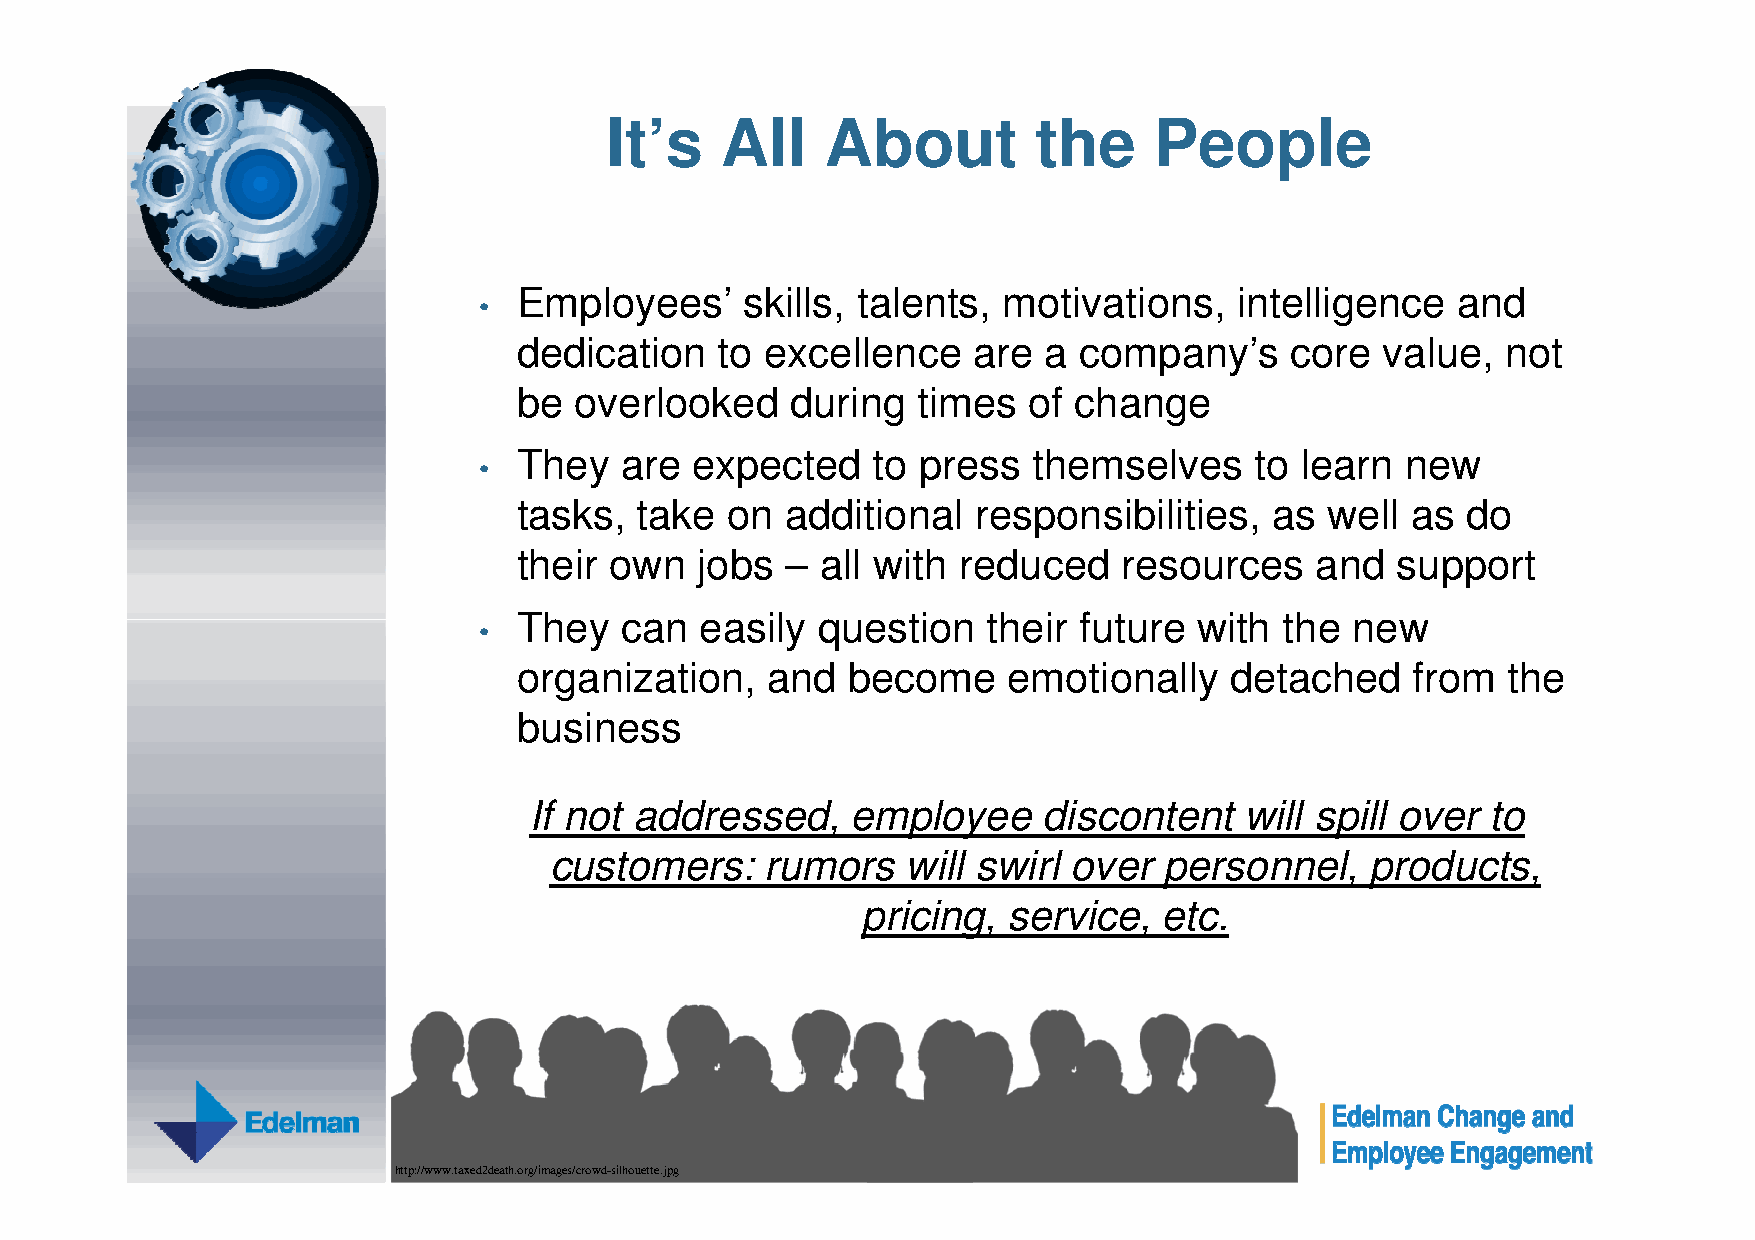
It’s    All    About         the    People
 Employees’     skills, talents, motivations,    intelligence  and
 •
 dedication    to excellence   are  a company’s     core  value,   not
 be  overlooked    during   times  of change
 They   are  expected    to press  themselves     to learn  new
 •
 tasks,  take  on  additional   responsibilities,  as  well as  do
 their own   jobs  – all with reduced    resources    and  support
 TThheeyy ccaann eeaassiillyy qquueessttiioonn tthheeiirr ffuuttuurree wwiitthh tthhee nneeww
 ••
 organization,    and  become     emotionally   detached    from   the
 business
 If not addressed,    employee     discontent   will spill over  to
 customers:     rumors   will swirl over  personnel,    products,
 pricing,  service,  etc.
 http://www.taxed2death.org/images/crowd-silhouette.jpg